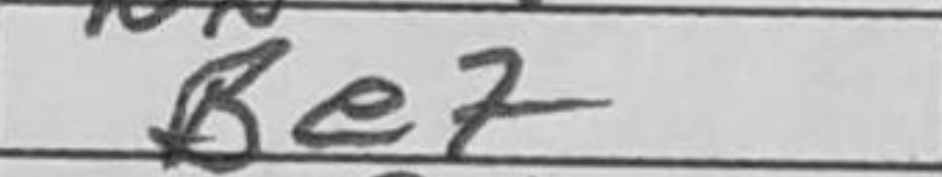
Transcription: Be7